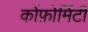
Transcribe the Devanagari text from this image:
कोंफ़ोर्मिटी